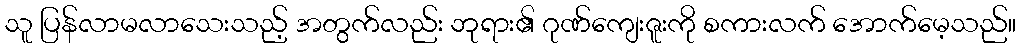
သူ ပြန်လာမလာသေးသည့် အတွက်လည်း ဘုရား၏ ဂုဏ်ကျေးဇူးကို စကားလက် အောက်မေ့သည်။